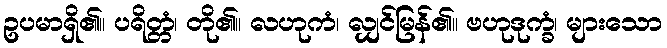
ဥပမာရှိ၏။ ပရိတ္တံ၊ တို၏။ လဟုကံ၊ လျှင်မြန်၏။ ဗဟုဒုက္ခံ၊ များသော